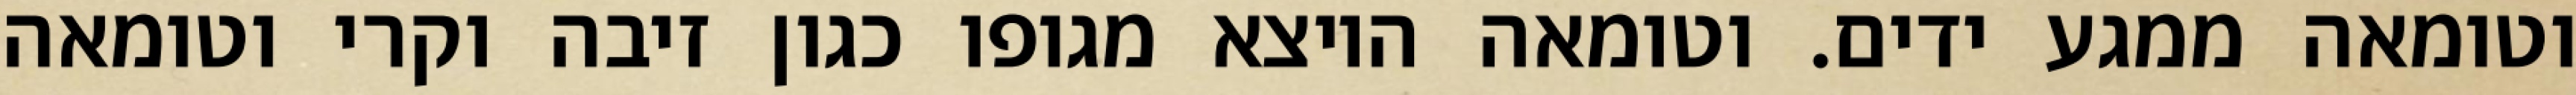
וטומאה ממגע ידים. וטומאה היוצא מגופו כגון זיבה וקרי וטומאה